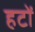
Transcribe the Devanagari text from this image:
हटों